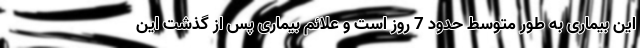
این بیماری به طور متوسط حدود 7 روز است و علائم بیماری پس از گذشت این